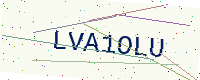
Text: LVA1OLU